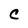
Character: c